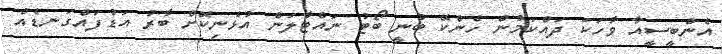
އެންބީސީއާ ވާހަކަ ދައްކަމުން ހެންކޭ ބުނީ ބޯޓު ނައްޓާލަން އުޅެނިކޮށް ބާރު އަޑުފައްގަނޑެއް